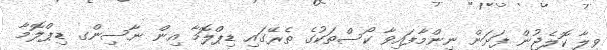
ވިލާ ކޮލެޖުން ފަށަން ނިންމާފައިވާ ކޯސްތަކުގެ ތެރޭގައި ޑިޕްލޮމާ އިން ނާސިންގ ޑިޕްލޮމާ